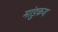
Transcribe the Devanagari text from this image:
मांडुकय